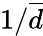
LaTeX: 1/\overline{{d}}